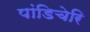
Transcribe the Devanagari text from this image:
पांडिचेरि